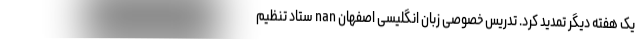
یک هفته دیگر تمدید کرد. تدریس خصوصی زبان انگلیسی اصفهان nan ستاد تنظیم